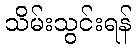
သိမ်းသွင်းရန်